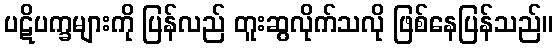
ပဋိပက္ခများကို ပြန်လည် တူးဆွလိုက်သလို ဖြစ်နေပြန်သည်။